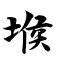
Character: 堠